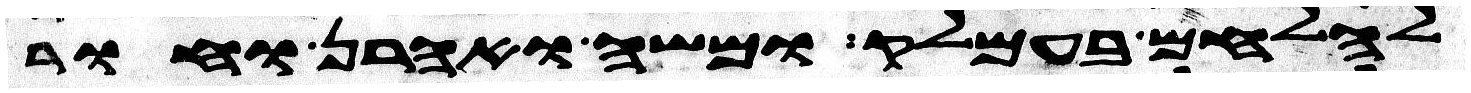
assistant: להלחם בעמלק ומשה ואהרן וחור